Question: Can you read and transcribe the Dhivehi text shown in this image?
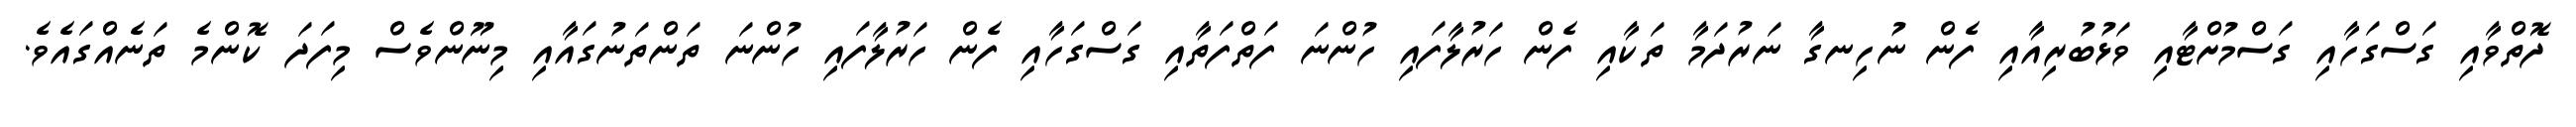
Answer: ދޮތްވާއި ގަސްގަހާއި ގަސްމުށްޓާއި ވަޅުބުރިއާއި ފެން ނުހިނގާ ނަރުދަމާ ތަކާއި ފެން ހަރުލާފައި ހުންނަ ފަތްފަތާއި ގަސްގަހާއި ފެން ހަރުލާފައި ހުންނަ ތަންތަނުގައާއި މިނޫންވެސް މިފަދަ ކޮންމެ ތަނެއްގައެވެ.